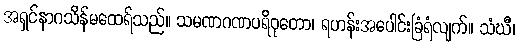
အရှင်နာဂသိန်မထေရ်သည်။ သမဏဂဏပရိဝုတော၊ ရဟန်းအပေါင်းခြံရံလျက်။ သံဃီ၊